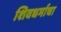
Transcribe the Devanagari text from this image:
शिवधर्माचा